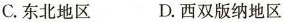
C.东北地区 D.西双版纳地区